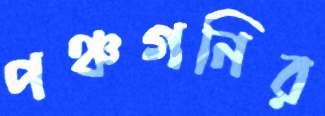
পঞ্চগনির